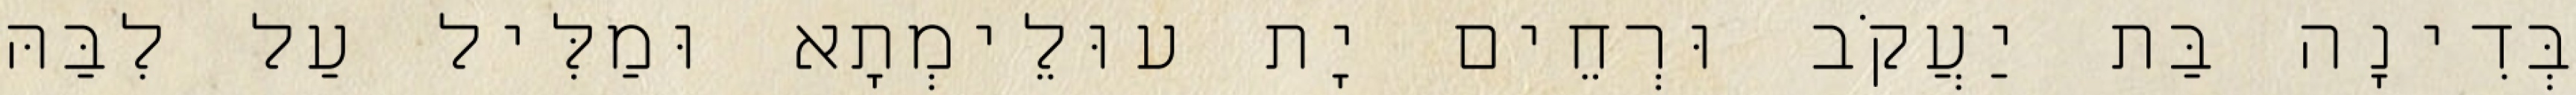
בְּדִינָה בַּת יַעֲקֹב וּרְחֵים יָת עוּלֵימְתָא וּמַלִּיל עַל לִבַּהּ